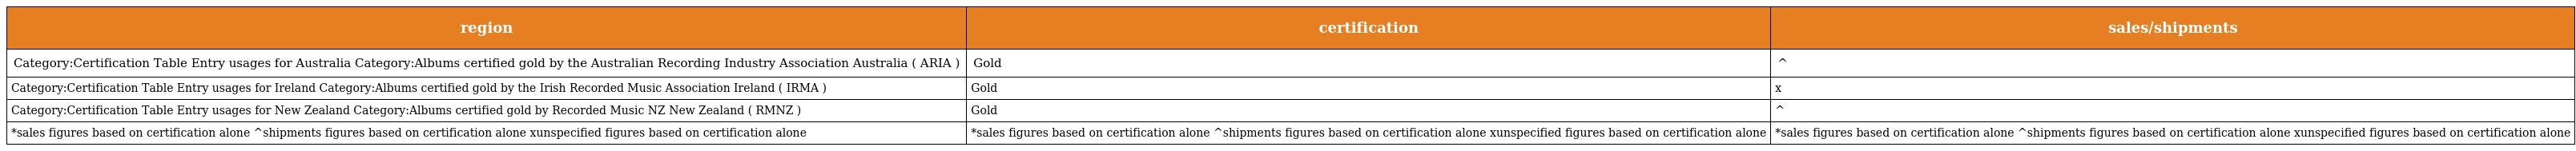
| region | certification | sales/shipments |
 | --- | --- | --- |
 | Category:Certification Table Entry usages for Australia Category:Albums certified gold by the Australian Recording Industry Association Australia ( ARIA ) | Gold | ^ |
 | Category:Certification Table Entry usages for Ireland Category:Albums certified gold by the Irish Recorded Music Association Ireland ( IRMA ) | Gold | x |
 | Category:Certification Table Entry usages for New Zealand Category:Albums certified gold by Recorded Music NZ New Zealand ( RMNZ ) | Gold | ^ |
 | *sales figures based on certification alone ^shipments figures based on certification alone xunspecified figures based on certification alone | *sales figures based on certification alone ^shipments figures based on certification alone xunspecified figures based on certification alone | *sales figures based on certification alone ^shipments figures based on certification alone xunspecified figures based on certification alone |